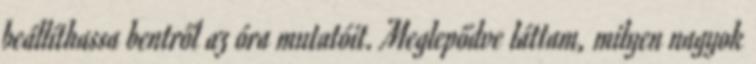
beállíthassa bentről az óra mutatóit. Meglepődve láttam, milyen nagyok